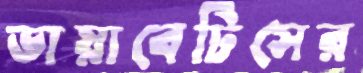
ডায়াবেটিসের